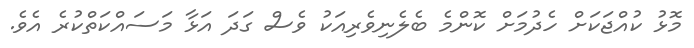
މޮޅު ކުއްޖަކަށް ހެދުމަށް ކޮންމެ ބެލެނިވެރިއަކު ވެސް ގަދަ އަޅާ މަސައްކަތްކުރެ އެވެ.